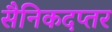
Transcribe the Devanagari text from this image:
सैनिकदप्तर